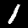
Digit: 1